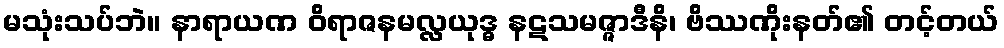
မသုံးသပ်ဘဲ။ နာရာယဏ ဝိရာဇနမလ္လယုဒ္ဓ နဋသမဇ္ဇာဒီနိ၊ ဗိဿဏိုးနတ်၏ တင့်တယ်